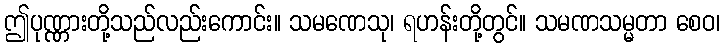
ဤပုဏ္ဏားတို့သည်လည်းကောင်း။ သမဏေသု၊ ရဟန်းတို့တွင်။ သမဏသမ္မတာ စေဝ၊